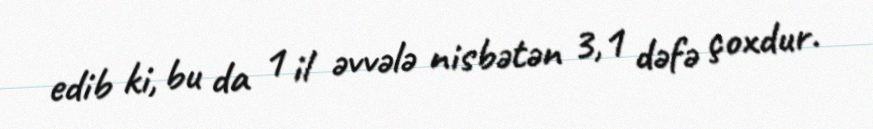
edib ki, bu da 1 il əvvələ nisbətən 3,1 dəfə çoxdur.